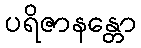
ပရိဇာနန္တော